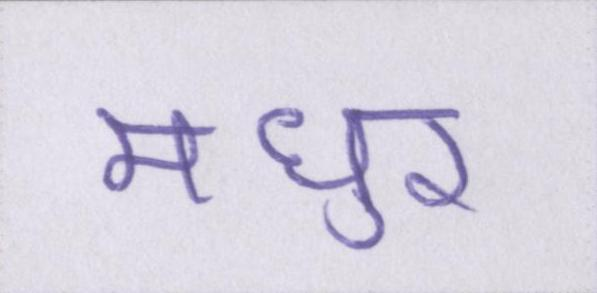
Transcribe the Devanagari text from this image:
मधुर